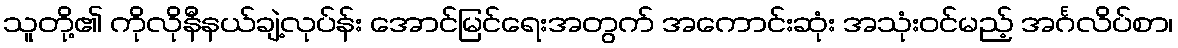
သူတို့၏ ကိုလိုနီနယ်ချဲ့လုပ်န်း အောင်မြင်ရေးအတွက် အကောင်းဆုံး အသုံးဝင်မည့် အင်္ဂလိပ်စာ၊